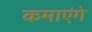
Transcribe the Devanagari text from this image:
कमाएंगे